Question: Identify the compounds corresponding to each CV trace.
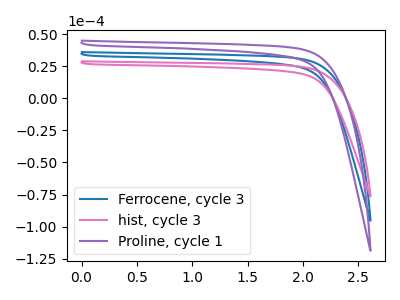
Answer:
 <answer>The blue curve is labeled "Ferrocene, cycle 3". The pink curve is labeled "hist, cycle 3". The purple curve is labeled "Proline, cycle 1".</answer>
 <eval></eval>